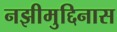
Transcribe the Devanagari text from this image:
नझीमुद्दिनास